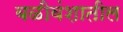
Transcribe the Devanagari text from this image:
बळीवंशातील